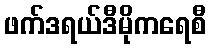
ဖက်ဒရယ်ဒီမိုကရေစီ